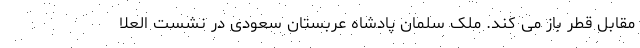
مقابل قطر باز می کند. ملک سلمان پادشاه عربستان سعودی در نشست العلا